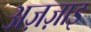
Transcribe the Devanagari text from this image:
अज़ज़ाइ